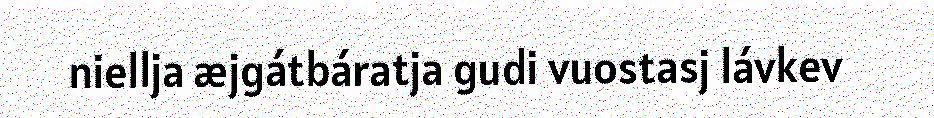
niellja æjgátbáratja gudi vuostasj lávkev